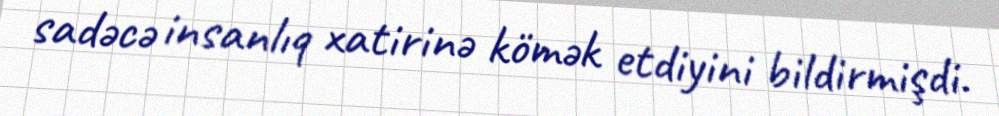
sadəcə insanlıq xatirinə kömək etdiyini bildirmişdi.